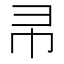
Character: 𭘒